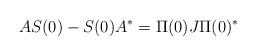
LaTeX: \begin{align*} & AS(0)-S(0)A^*=\Pi(0)J\Pi(0)^*\end{align*}